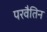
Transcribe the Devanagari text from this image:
परवैतिन